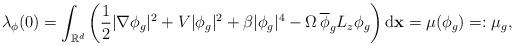
LaTeX: \begin{align*}\lambda_{\phi}(0)=\int_{\mathbb{R}^d}\left(\frac12|\nabla\phi_g|^2+V|\phi_g|^2+\beta|\phi_g|^4-\Omega\,\overline{\phi}_g L_z\phi_g\right)\mathrm{d}\mathbf{x}=\mu(\phi_g)=:\mu_g,\end{align*}